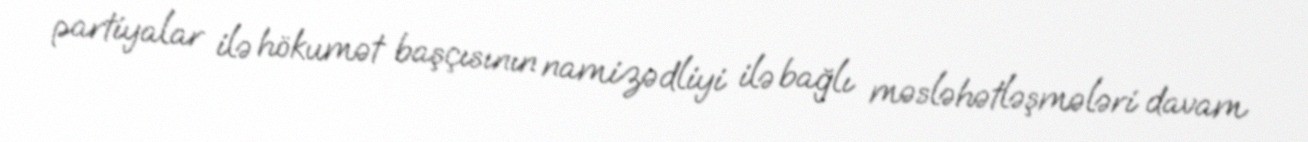
partiyalar ilə hökumət başçısının namizədliyi ilə bağlı məsləhətləşmələri davam